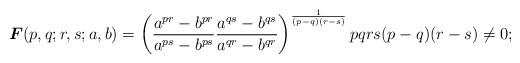
LaTeX: \begin{align*}\boldsymbol{F}(p,q;r,s;a,b)=\left( \frac{a^{pr}-b^{pr}}{a^{ps}-b^{ps}}{\frac{a^{qs}-b^{qs}}{a^{qr}-b^{qr}}}\right) ^{\frac{1}{(p-q)(r-s)}}pqrs(p-q)(r-s)\neq 0; \end{align*}